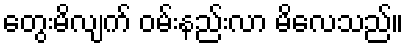
တွေးမိလျက် ဝမ်းနည်းလာ မိလေသည်။